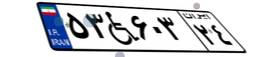
۵۳W۶۰۳۲۴